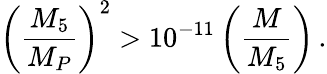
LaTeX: \left(\frac{M_{5}}{M_{P}}\right)^{2}>10^{-11}\left(\frac{M}{M_{5}}\right)\, .